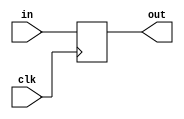
module oh_delay  #(parameter DW = 1, // width of data
		   parameter N  = 1  // clock cycle delay by
		   )   
   (
    input [DW-1:0]  in, // input
    input 	    clk,//clock input
    output [DW-1:0] out // output
    );

   reg [DW-1:0]     sync_pipe[N-1:0];
      
   genvar 	    i;
   generate
      always @ (posedge clk)
	sync_pipe[0]<=in[DW-1:0];
      for(i=1;i<N;i=i+1) begin: gen_pipe
         always @ (posedge clk)
	   sync_pipe[i]<=sync_pipe[i-1];
      end
   endgenerate

   assign out[DW-1:0] = sync_pipe[N-1];
   
endmodule